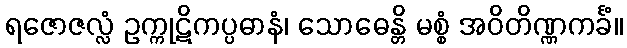
ရဇောဇလ္လံ ဥက္ကုဋိကပ္ပဓာနံ၊ သောဓေန္တိ မစ္စံ အဝိတိဏ္ဏကင်္ခံ။